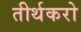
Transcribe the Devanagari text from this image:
तीर्थकरो